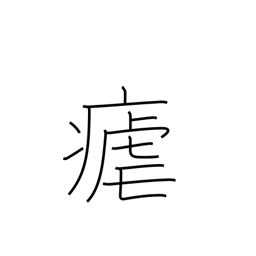
Meaning: intermittent fever